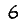
Digit: 6